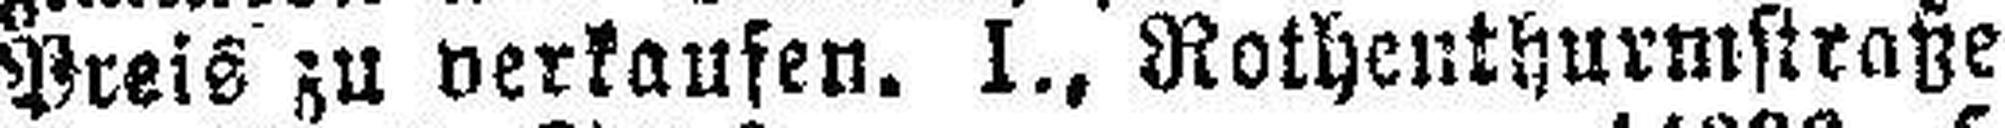
Preis zu verkaufen. I., Rothenthurmstraße